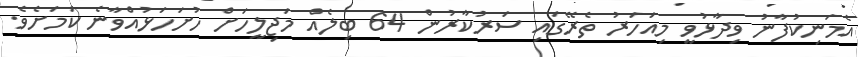
އެމަނިކުފާނު ވިދާޅުވީ މިއަހަރު ތެރޭގައި ސަރުކާރުން 64 ބިލެއް މަޖިލީހަށް ހުށަހަޅުއްވާނެ ކަމަށެވެ.